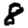
Digit: 8